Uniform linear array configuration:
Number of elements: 24
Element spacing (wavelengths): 0.5
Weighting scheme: hann
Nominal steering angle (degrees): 45
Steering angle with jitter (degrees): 45.216
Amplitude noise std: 0.05
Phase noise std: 0.05

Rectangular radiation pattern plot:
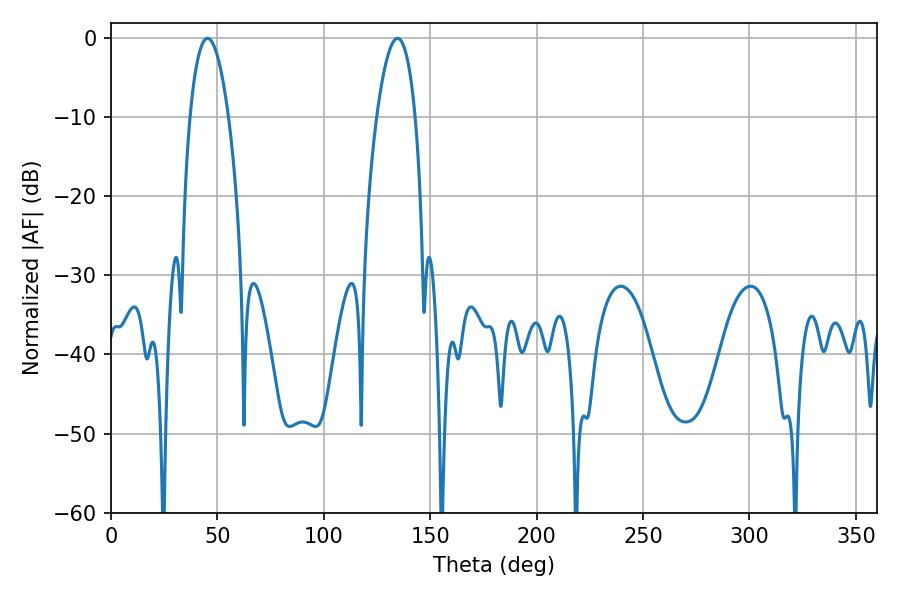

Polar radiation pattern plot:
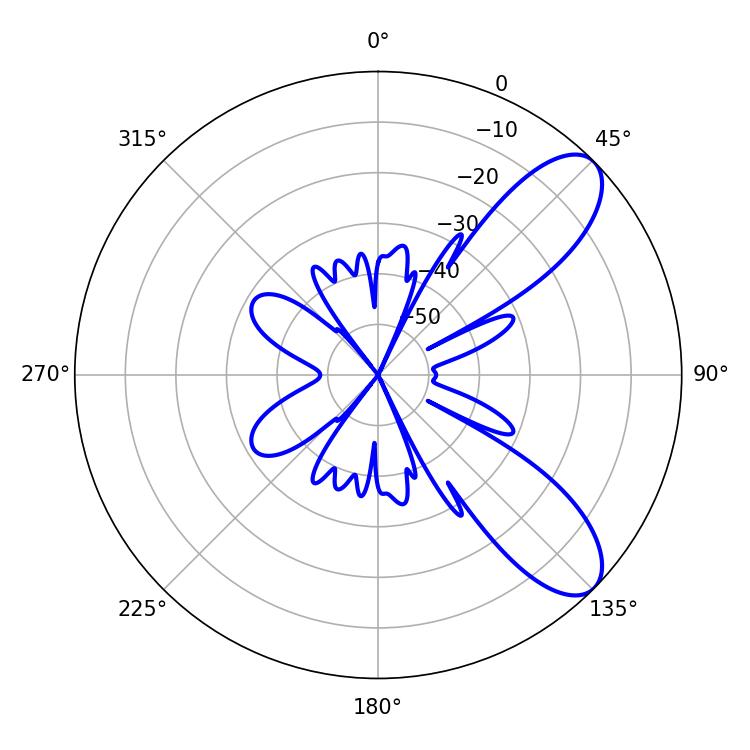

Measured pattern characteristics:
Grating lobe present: FALSE
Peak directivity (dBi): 8.732
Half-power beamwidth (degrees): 10.08
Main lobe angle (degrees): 45.36